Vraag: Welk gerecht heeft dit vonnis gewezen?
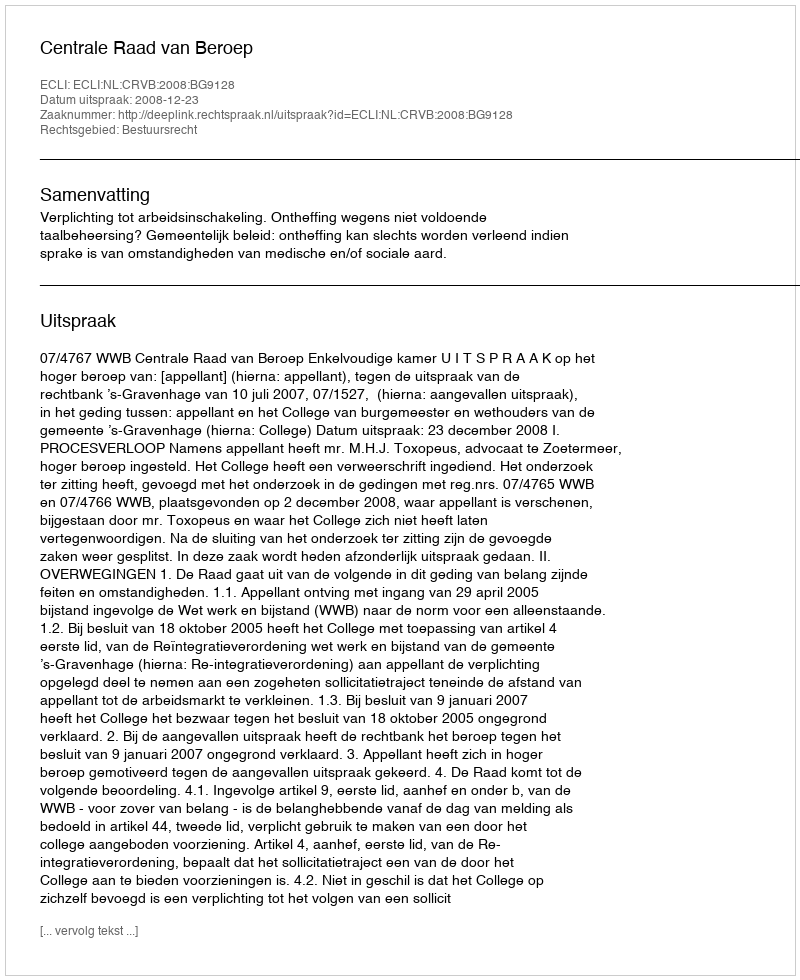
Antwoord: Centrale Raad van Beroep